Annual report of the Punjab Veterinary College and of the Civil Veterinary Department, Punjab - 1909-1919
Year: 1909
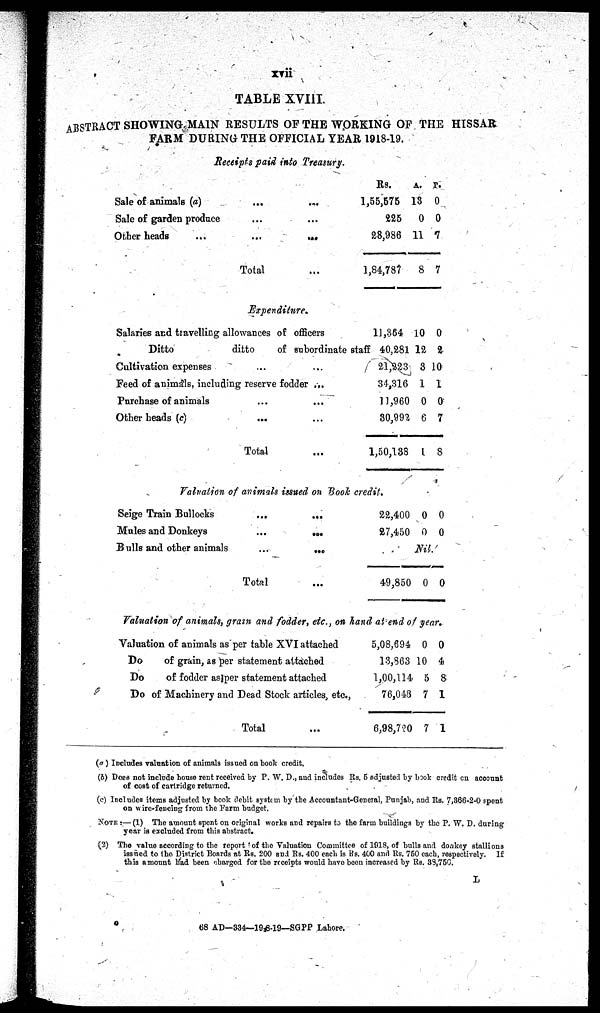
xvii
TABLE XVIII.
ABSTRACT SHOWING MAIN RESULTS OF THE WORKING OF THE HISSAR
FARM DURING THE OFFICIAL YEAR 1918-19.
Receipts paid into Treasury.
Sale of animals (a)
...
...
Sale of garden produce ... ...
Other heads
...
...
...
Total ...
Expenditure.
Salaries and travelling allowances of officers
Ditto
ditto
of subordinate staff
Cultivation expenses ... ...
Feed of animals, including reserve fodder ...
Purchase of animals ... ...
Other heads (c) ... ...
Total ...
Rs.
1,55,575
225
28,986
1,84,787
A.
13
0
11
8
P.
0
0
7
7
11,364
40,281
21,223
34,316
11,960
30,992
1,50,138
10
12
3
1
0
6
1
0
2
10
1
0
7
8
Valuation of animals issued on Book credit.
Seige Train Bullocks
...
...
Mules and Donkeys
...
...
Bulls and other animals
...
...
Total ...
22,400
27,450
0
0
0
0
Nil.
49,850 0 0
Valuation of animals, grain and fodder, etc., on hand as end of year.
Valuation of animals as per table XVI attached
Do
of grain, as per statement attached
Do
of fodder as per statement attached
Do of Machinery and Dead Stock articles, etc.,
Total ...
5,08,694
13,863
1,00,114
76,048
6,98,720
0
10
5
7
7
0
4
8
1
1
(a) Includes valuation of animals issued on book credit,
(b) Does not include house rent received by P. W. D., and includes Rs. 5 adjusted by book credit on account
of cost of cartridge returned.
(c) Includes items adjusted by book debit system by the Accountant-General, Punjab, and Rs. 7,366-2-0 spent
on wire-fencing from the Farm budget.
NOTE:—(1) The amount spent on original works and repairs to the farm buildings by the P. W. D. during
year is excluded from this abstract.
(2) The value according to the report of the Valuation Committee of 1918, of bulls and donkey stallions
issued to the District Boards at Rs. 200 and Rs. 400 each is Rs. 400 and Rs. 750 each, respectively.
If
this amount had been charged for the receipts would have been increased by Rs. 38,750.
L
68 AD—334—19 8-19—SGPP Lahore.